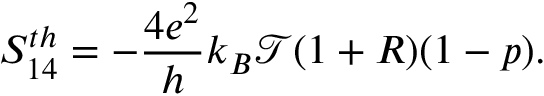
{ S _ { 1 4 } ^ { t h } } = - \frac { 4 e ^ { 2 } } { h } k _ { B } \mathcal { T } ( 1 + R ) ( 1 - p ) .